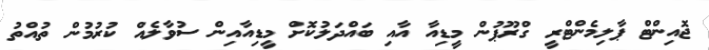
ޖޮއިންޓް ޕާލިމެންޓްރީ ގްރޫޕުން މީޑިއާ އާއި ބައްދަލުކޮށް މީޑިއާއިން ސުވާލެއް ކުރުމުން ތުއްތު